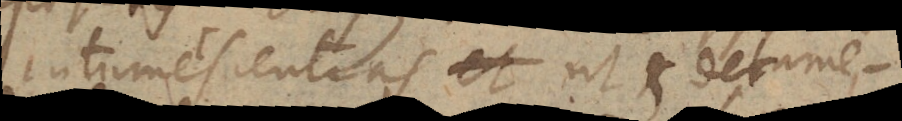
intumescentias et ut et detume-